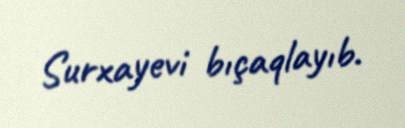
Surxayevi bıçaqlayıb.